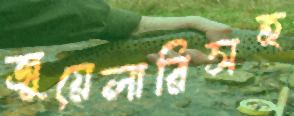
জুয়েলারিসহ